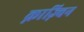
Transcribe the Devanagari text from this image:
क़ाज़्विन